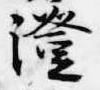
澄